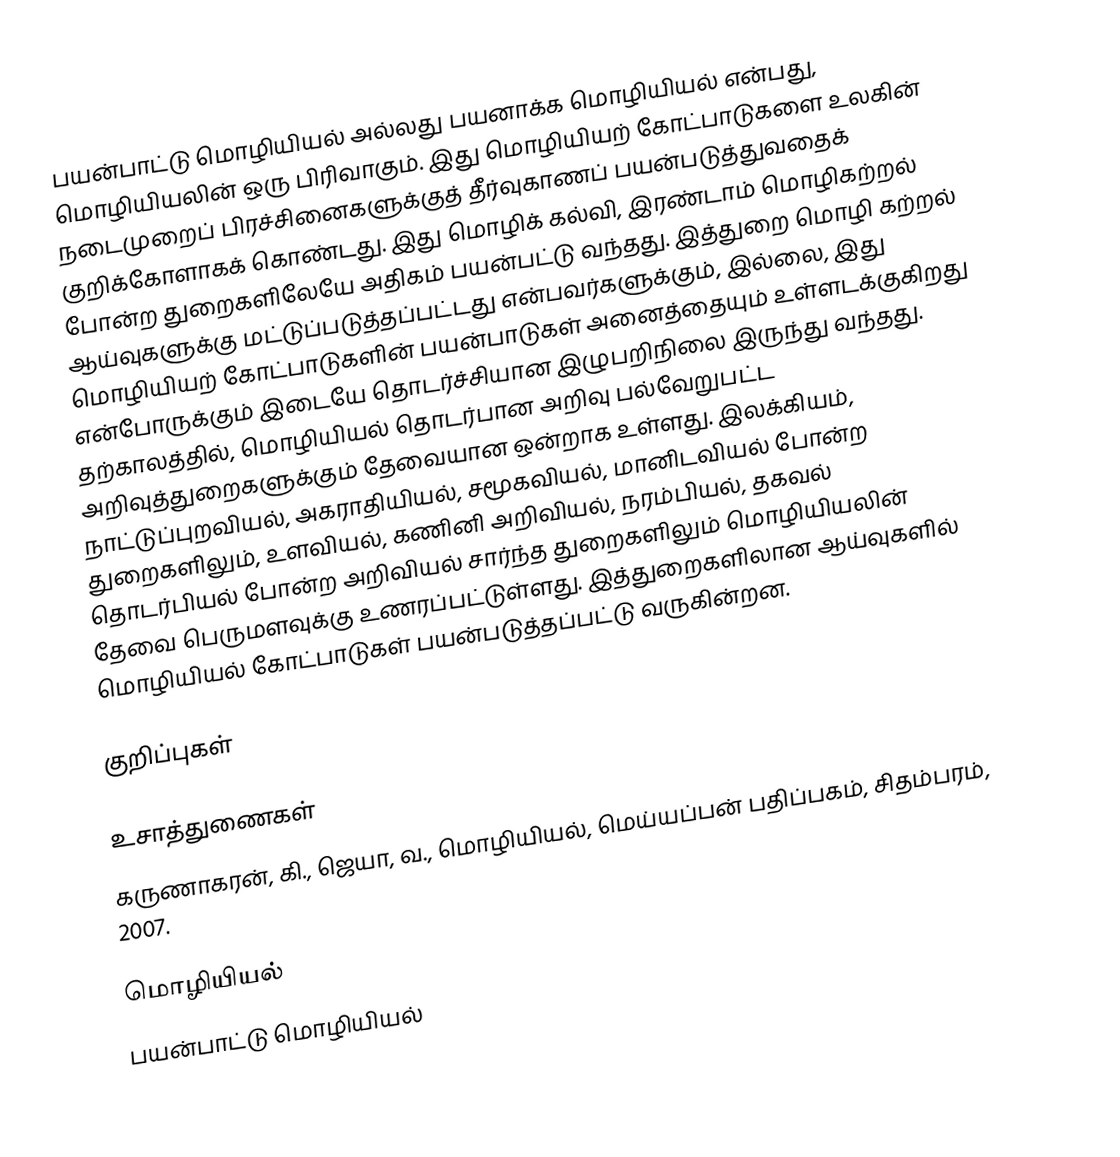
பயன்பாட்டு மொழியியல் அல்லது பயனாக்க மொழியியல் என்பது, மொழியியலின் ஒரு பிரிவாகும். இது மொழியியற் கோட்பாடுகளை உலகின் நடைமுறைப் பிரச்சினைகளுக்குத் தீர்வுகாணப் பயன்படுத்துவதைக் குறிக்கோளாகக் கொண்டது. இது மொழிக் கல்வி, இரண்டாம் மொழிகற்றல் போன்ற துறைகளிலேயே அதிகம் பயன்பட்டு வந்தது. இத்துறை மொழி கற்றல் ஆய்வுகளுக்கு மட்டுப்படுத்தப்பட்டது என்பவர்களுக்கும், இல்லை, இது மொழியியற் கோட்பாடுகளின் பயன்பாடுகள் அனைத்தையும் உள்ளடக்குகிறது என்போருக்கும் இடையே தொடர்ச்சியான இழுபறிநிலை இருந்து வந்தது. தற்காலத்தில், மொழியியல் தொடர்பான அறிவு பல்வேறுபட்ட அறிவுத்துறைகளுக்கும் தேவையான ஒன்றாக உள்ளது. இலக்கியம், நாட்டுப்புறவியல், அகராதியியல், சமூகவியல், மானிடவியல் போன்ற துறைகளிலும், உளவியல், கணினி அறிவியல், நரம்பியல், தகவல் தொடர்பியல் போன்ற அறிவியல் சார்ந்த துறைகளிலும் மொழியியலின் தேவை பெருமளவுக்கு உணரப்பட்டுள்ளது. இத்துறைகளிலான ஆய்வுகளில் மொழியியல் கோட்பாடுகள் பயன்படுத்தப்பட்டு வருகின்றன.

குறிப்புகள்

உசாத்துணைகள்
 கருணாகரன், கி., ஜெயா, வ., மொழியியல், மெய்யப்பன் பதிப்பகம், சிதம்பரம், 2007.

மொழியியல்
பயன்பாட்டு மொழியியல்